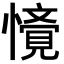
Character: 𭟁